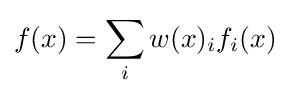
f(x)=\sum _{i}w(x)_{i}f_{i}(x)